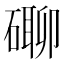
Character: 𥕡